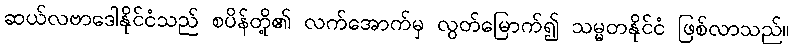
ဆယ်လဗာဒေါနိုင်ငံသည် စပိန်တို့၏ လက်အောက်မှ လွတ်မြောက်၍ သမ္မတနိုင်ငံ ဖြစ်လာသည်။